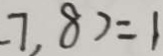
- 7 , 8 ) = 1